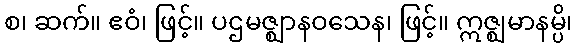
စ၊ ဆက်။ ဧဝံ၊ ဖြင့်။ ပဌမဇ္ဈာနဝသေန၊ ဖြင့်။ ဣဇ္ဈမာနမ္ပိ၊